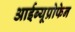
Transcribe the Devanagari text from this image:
आईब्यूप्रोफेन